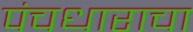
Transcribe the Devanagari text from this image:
पंचधाराचा